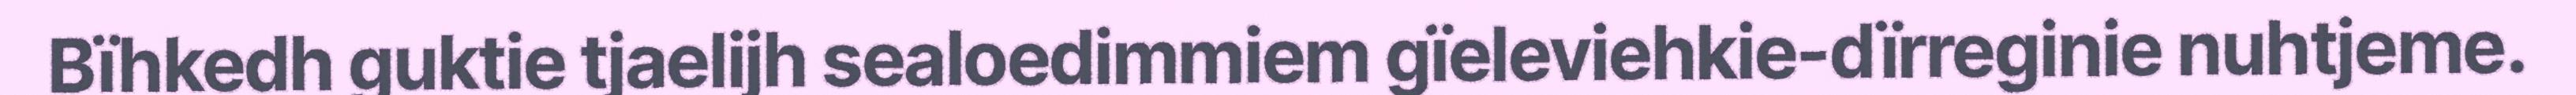
Bïhkedh guktie tjaelijh sealoedimmiem gïeleviehkie-dïrreginie nuhtjeme.